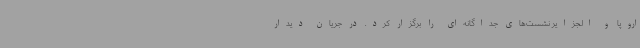
اروپا و الجزایر نشست‌های جداگانه‌ای را برگزار کرد. در جریان دیدار